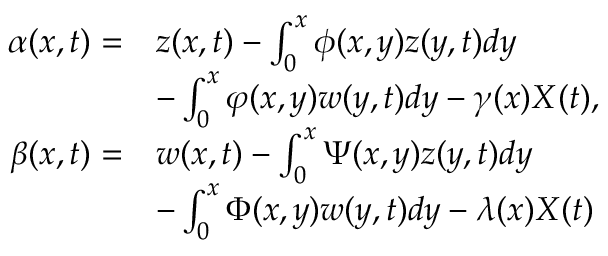
\begin{array} { r l } { \alpha ( x , t ) = } & { z ( x , t ) - \int _ { 0 } ^ { x } { \phi } ( x , y ) z ( y , t ) d y } \\ & { - \int _ { 0 } ^ { x } { \varphi } ( x , y ) w ( y , t ) d y - \gamma ( x ) { X } ( t ) , } \\ { \beta ( x , t ) = } & { w ( x , t ) - \int _ { 0 } ^ { x } { \Psi } ( x , y ) z ( y , t ) d y } \\ & { - \int _ { 0 } ^ { x } { \Phi } ( x , y ) w ( y , t ) d y - \lambda ( x ) { X } ( t ) } \end{array}